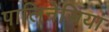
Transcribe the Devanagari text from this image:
पालिनेसिया